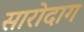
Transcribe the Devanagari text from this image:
सारोदाग